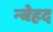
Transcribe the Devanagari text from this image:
न्बेहद